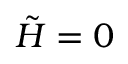
\tilde { H } = 0